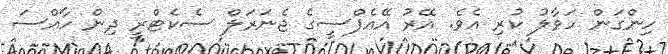
ހިންގަން ހަވާލު ކުރި އެވެ. އޭރު އޭއެފްސީގެ ޖެނަރަލް ސެކެޓްރީ ދިން ހާއްސަ